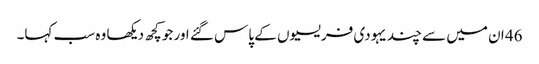
46 ان میں سے چند یہودی فریسیوں کے پاس گئے اور جو کچھ دیکھا وہ سب کہا۔